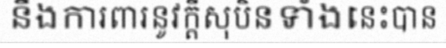
នឹងការពារនូវក្តីសុបិនទាំងនេះបាន